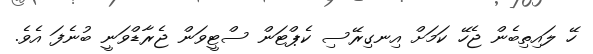
ހޭ ލައިތިބެން ޖެހޭ ކަމަށް އިނގިރޭސި ކެޕްޓަން ސްޓީވަން ޖެރާޑްވަނީ ބުނެފަ އެވެ.